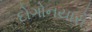
દોગોનયારો